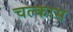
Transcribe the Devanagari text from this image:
चल्कास